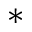
\ast